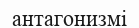
антагонизмі